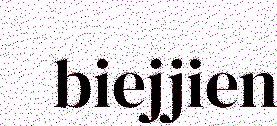
biejjien